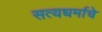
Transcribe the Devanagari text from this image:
सत्यधर्माचे